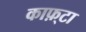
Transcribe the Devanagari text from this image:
काफ़्टा